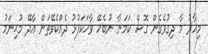
މިހާރު މާ ދިގުވެގެން ގޮސް ކަމަނާ ނުބެހޭ ވާހަކަފުޅު ދެއްކެވޭތަން އާދޭ މުޙިނަމު